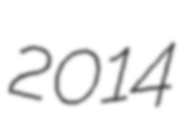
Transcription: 2014